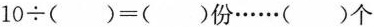
$$1 0 ÷ ( ) = ( )$$份\cdots()个